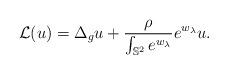
LaTeX: \begin{align*}\mathcal{L}(u)=\Delta_g u + \frac{\rho}{\int_{\mathbb{S}^2}e^{w_{\lambda}}}e^{w_{\lambda}}u.\end{align*}